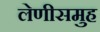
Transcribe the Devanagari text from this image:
लेणीसमुह